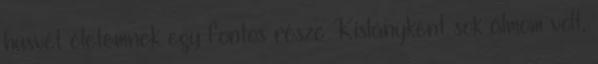
húsvét életemnek egy fontos része Kislányként sok álmom volt.